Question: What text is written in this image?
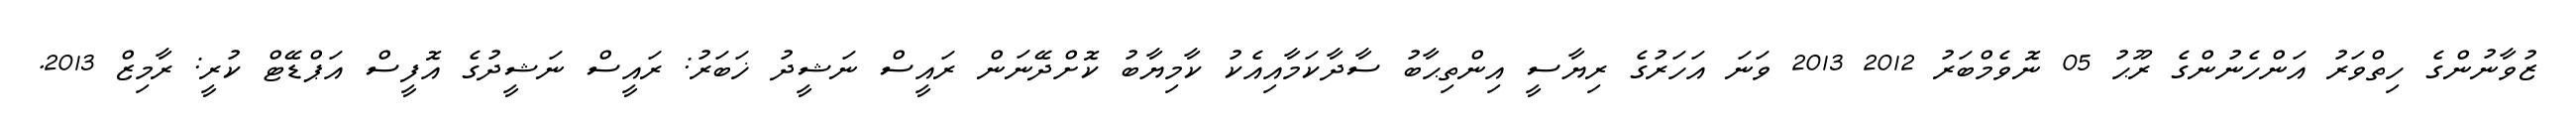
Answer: ޒުވާނުންގެ ހިތްވަރު އަންހެނުންގެ ރޫޙު 05 ނޮވެމްބަރު 2012 2013 ވަނަ އަހަރުގެ ރިޔާސީ އިންތިޙާބު ސާދާކަމާއިއެކު ކާމިޔާބު ކޮށްދޭނަން ރައީސް ނަޝީދު ޚަބަރު: ރައީސް ނަޝީދުގެ އޮފީސް އަޕްޑޭޓް ކުރީ: ރާމިޒް 2013.